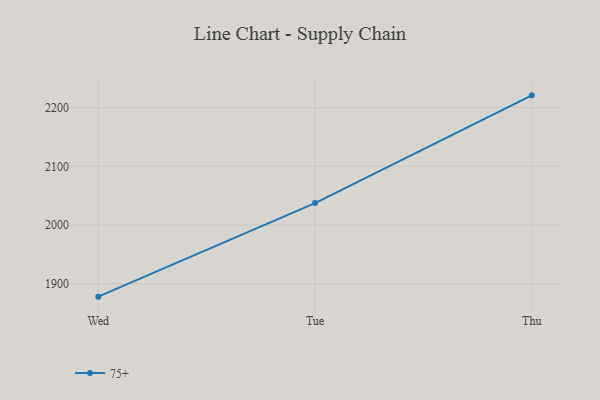
{"axis": {"x": "Day", "y": "Revenue (USD Million)"}, "legend": ["75+"], "data": [{"x": "Wed", "y": 1878.3, "type": "75+"}, {"x": "Tue", "y": 2037.4, "type": "75+"}, {"x": "Thu", "y": 2220.7, "type": "75+"}]}